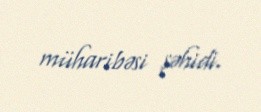
müharibəsi şəhidi.